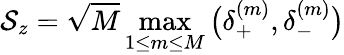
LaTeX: \mathcal{S}_{z}=\sqrt{M}\operatorname*{max}_{1\leq m\leq M}\big(\delta_{+}^{(m)},\delta_{-}^{(m)}\big)